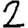
Digit: 2